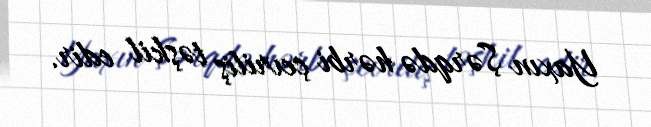
Yaxın Şərqdə hərbi çevriliş təşkil edir.